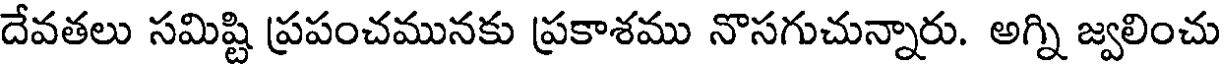
దేవతలు సమిష్టి ప్రపంచమునకు ప్రకాశము నొసగుచున్నారు. అగ్ని జ్వలించు